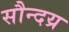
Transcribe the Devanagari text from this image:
सौन्दय्र